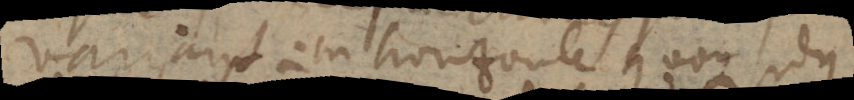
variant. In horizonte quoque sidus